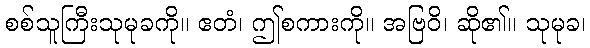
စစ်သူကြီးသုမုခကို။ ဧတံ၊ ဤစကားကို။ အဗြဝိ၊ ဆို၏။ သုမုခ၊